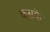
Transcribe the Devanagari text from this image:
कसके